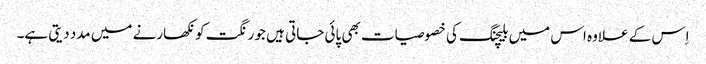
اِس کے علاوہ اس میں بلیچنگ کی خصوصیات بھی پائی جاتی ہیں جو رنگت کو نکھارنے میں مدد دیتی ہے۔